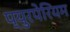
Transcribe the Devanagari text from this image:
प्युरपेरियम